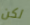
لكن